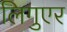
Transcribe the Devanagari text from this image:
लिगुएर